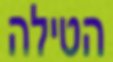
הטילה